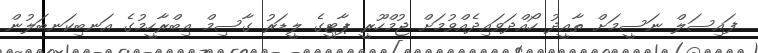
ފައިސަލް ނަސީމަށް ތާއީދު ހޯއްދަވައިދެއްވުމަށް ޖުމްހޫރީ ޕާޓީގެ ލީޑަރު ގާސިމް އިބްރާހީމުގެ އަނބިކަނބަލުން